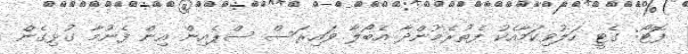
ފޮޓޯ: ގެޓީ ހަލުވިކަމާއެކު ފެތުރެމުންދާ އެބޯލާ ވައިރަސް ސްޕެއިން އިން ފެނުމާ ގުޅިގެން